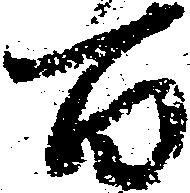
百